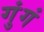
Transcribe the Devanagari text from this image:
गुंगं